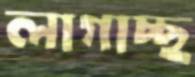
লাগাচ্ছ